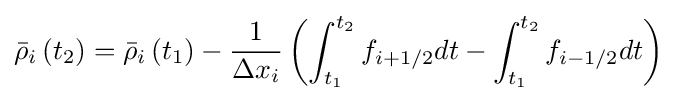
{\bar {\rho }}_{i}\left(t_{2}\right)={\bar {\rho }}_{i}\left(t_{1}\right)-{\frac {1}{\Delta x_{i}}}\left(\int _{t_{1}}^{t_{2}}f_{i+1/2}dt-\int _{t_{1}}^{t_{2}}f_{i-1/2}dt\right)